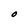
Character: O